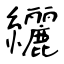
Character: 纚